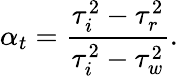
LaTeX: \alpha_{t}=\frac{\tau_{i}^{2}-\tau_{r}^{2}}{\tau_{i}^{2}-\tau_{w}^{2}}.